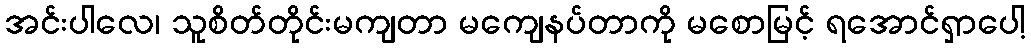
အင်းပါလေ၊ သူစိတ်တိုင်းမကျတာ မကျေနပ်တာကို မစောမြင့် ရအောင်ရှာပေါ့